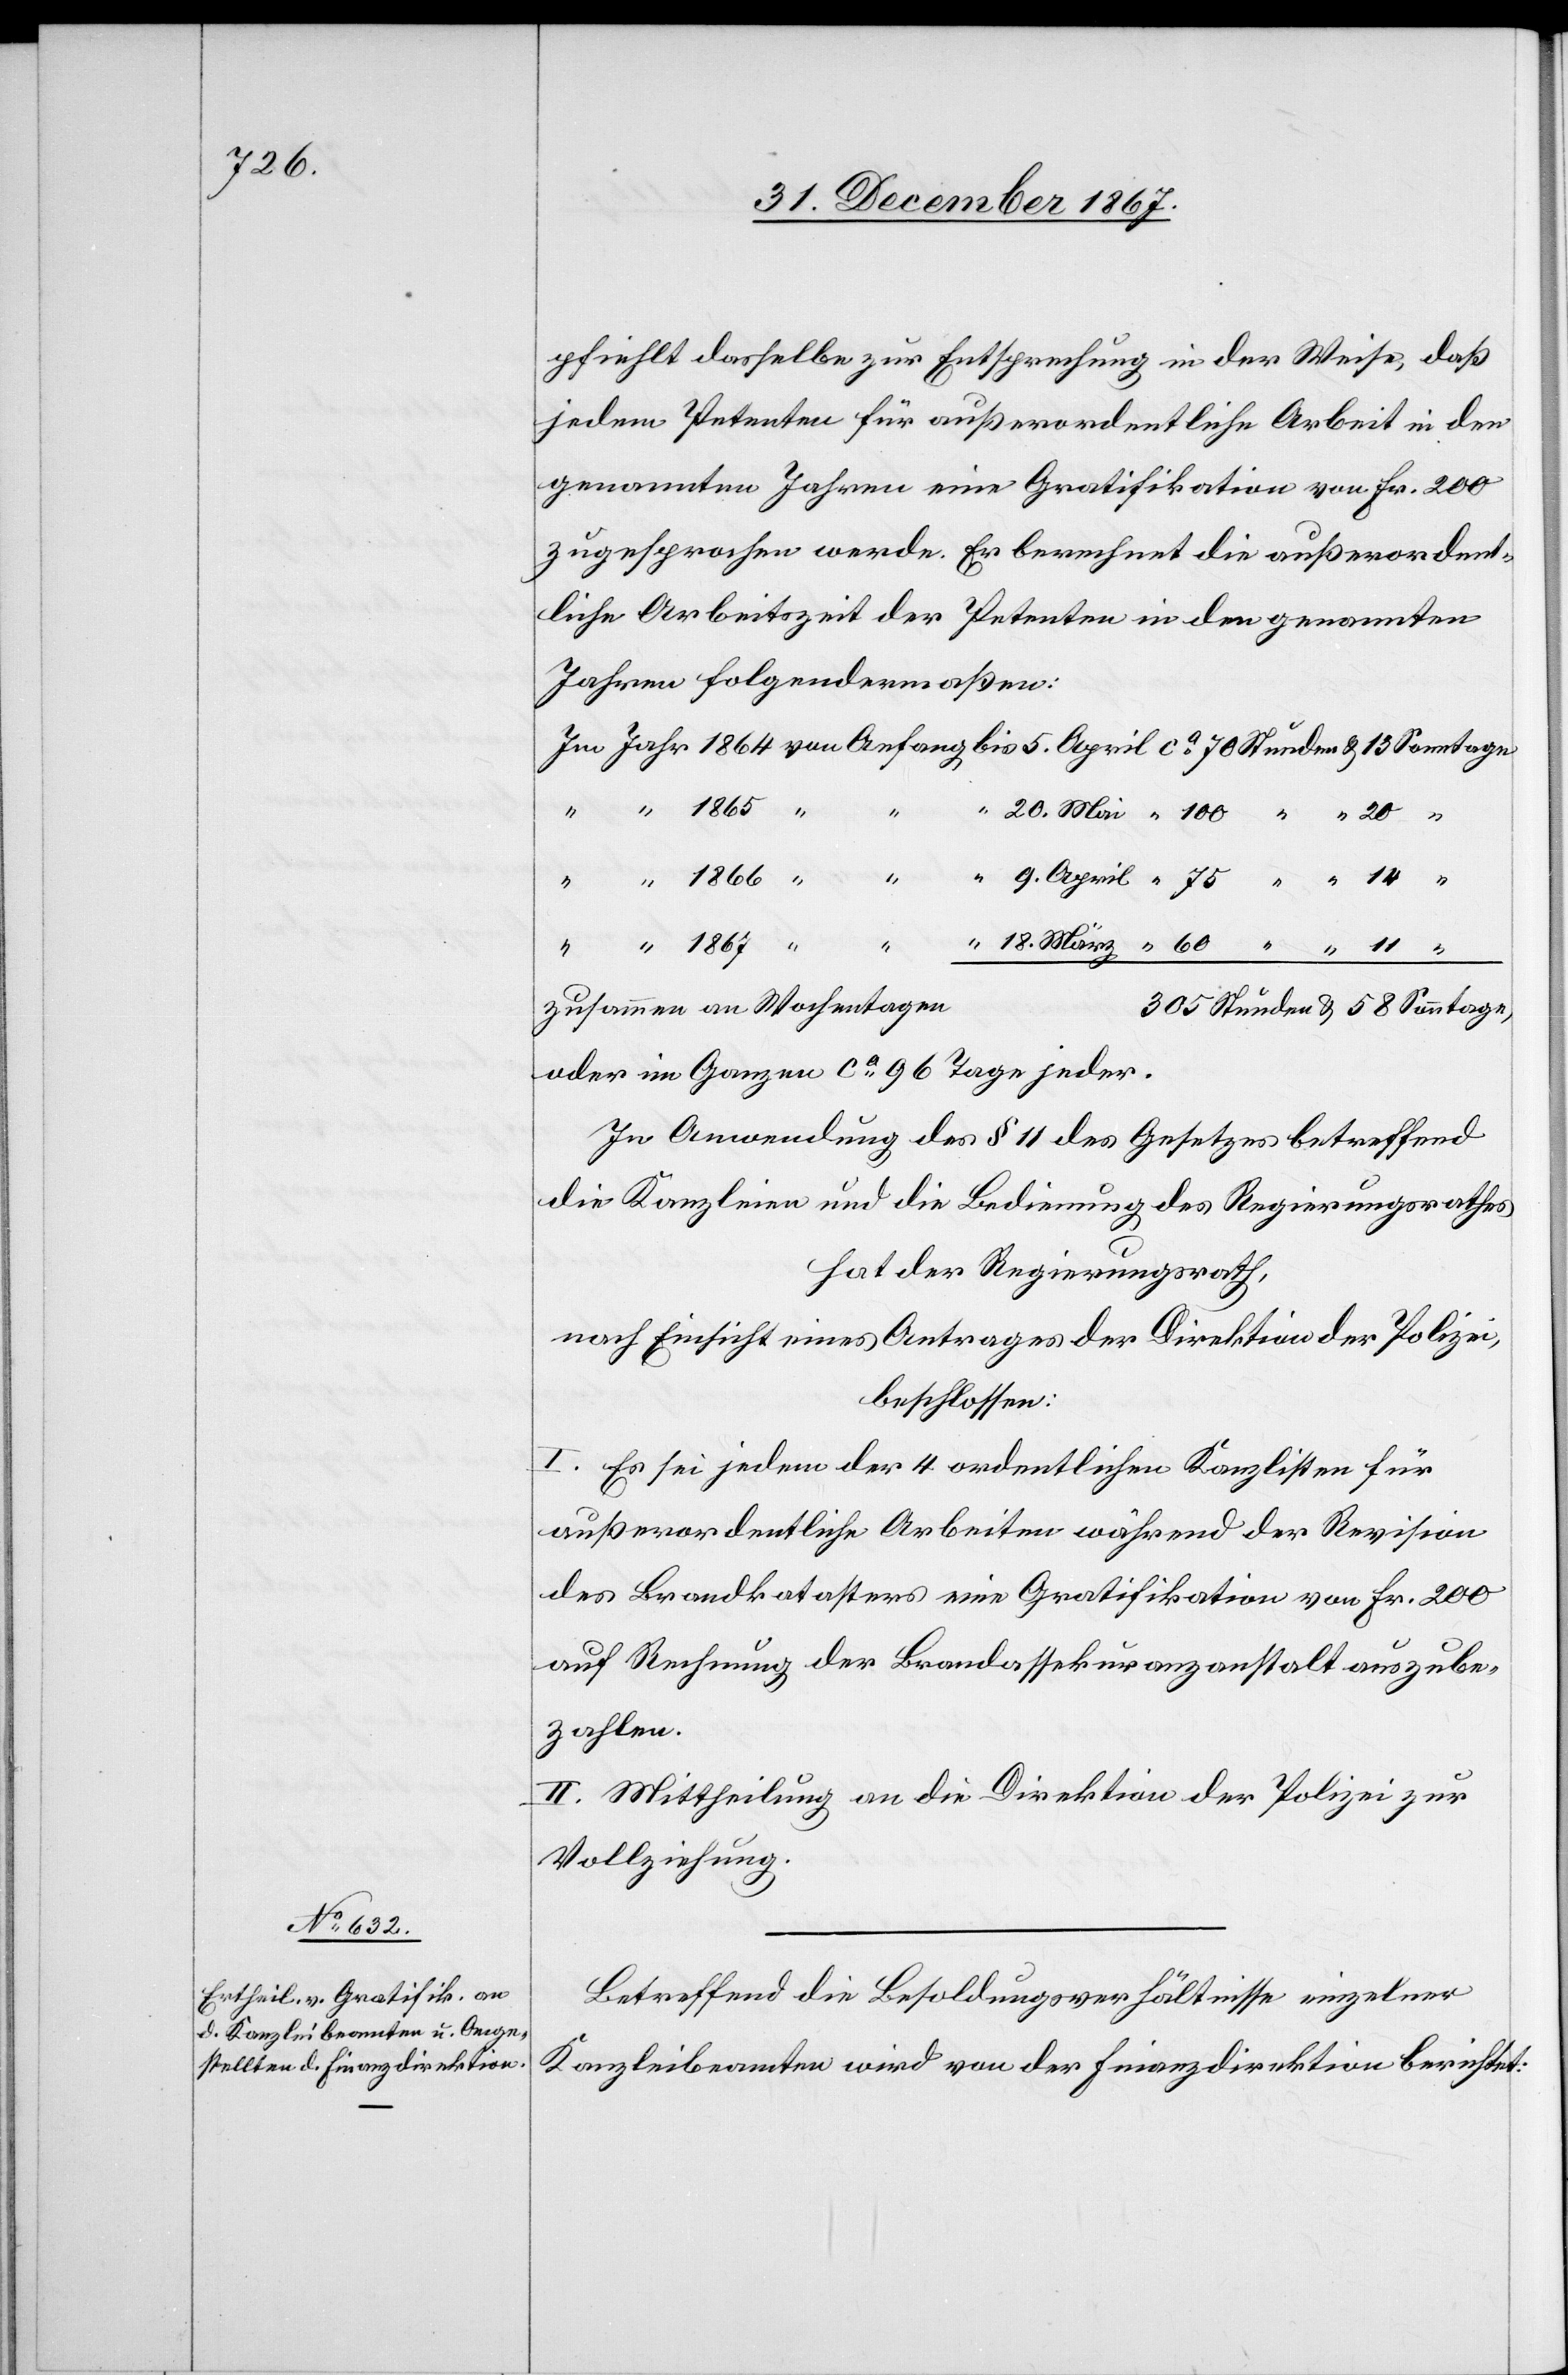
jedem Petenten für außerordentliche Arbeit in den
genannten Jahren eine Gratifikation von Fr. 200
zugesprochen werde. Er berechnet die außerordent¬
liche Arbeitszeit der Petenten in den genannten
Jahren folgendermaßen:
zusammen an Wochentagen
oder im Ganzen ca 96 Tage jeder.
In Anwendung des § 11 des Gesetzes betreffend
die Kanzleien und die Bedienung des Regierungsrathes,
hat der Regierungsrath,
nach Einsicht eines Antrages der Direktion der Polizei,
beschlossen:
I. Es sei jedem der 4 ordentlichen Kanzlisten für
außerordentliche Arbeiten während der Revision
des Brandkatasters eine Gratifikation von Fr. 200
auf Rechnung der Brandassekuranzanstalt auszube¬
zahlen.
II. Mittheilung an die Direktion der Polizei zur
Vollziehung.
Betreffend die Besoldungsverhältnisse einzelner
Kanzleibeamten wird von der Finanzdirektion berichtet: